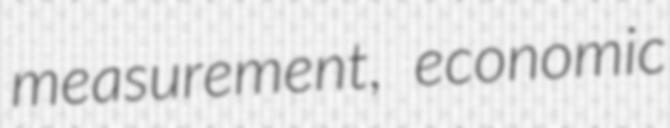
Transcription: measurement, economic